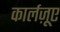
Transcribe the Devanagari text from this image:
कार्लज़ूए